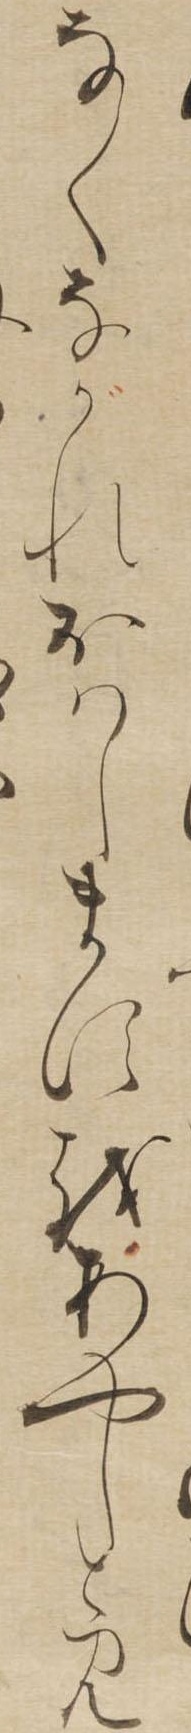
なくながれおはしますをあやしとみ